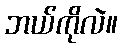
ဘယ်ကိုလဲ။